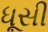
ધૂસી